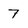
Character: 7